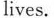
lives,